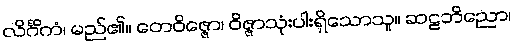
လိင်္ဂိကံ၊ မည်၏။ တေဝိဇ္ဇော၊ ဝိဇ္ဇာသုံးပါးရှိသောသူ။ ဆဠဘိညော၊